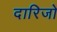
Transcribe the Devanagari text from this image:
दारिजो